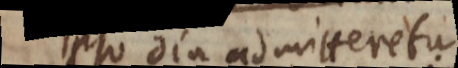
ipso diu admitteretur